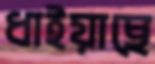
ধাইয়াছে